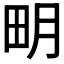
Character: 𤰾